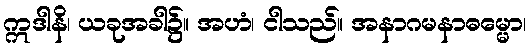
ဣဒါနိ၊ ယခုအခါ၌။ အဟံ၊ ငါသည်။ အနာဂမနာဓမ္မော၊